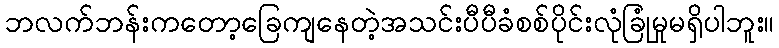
ဘလက်ဘန်းကတော့ခြေကျနေတဲ့အသင်းပီပီခံစစ်ပိုင်းလုံခြုံမှုမရှိပါဘူး။